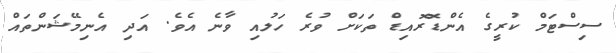
ސިސްޓަމް ކުރީގެ އެންޑޮރޮއިޑް ތަކަށް ވުރެ ހަލުއި ވާނެ އެވެ. އަދި އެނިމޭޝަންތައް